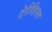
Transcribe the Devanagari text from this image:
टेरीडियम